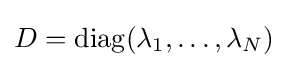
D=\operatorname {diag} (\lambda _{1},\dots ,\lambda _{N})